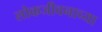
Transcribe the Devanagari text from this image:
लोकजीवनाच्या